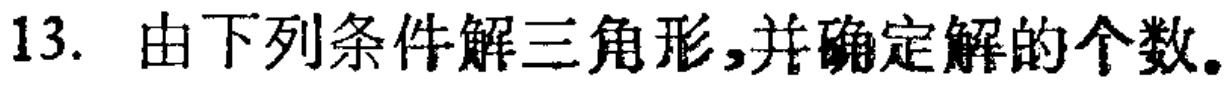
13. 由下列条件解三角形,并确定解的个数。